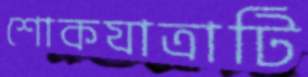
শোকযাত্রাটি